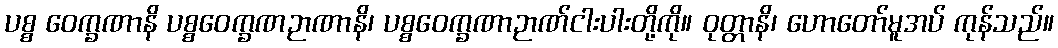
ပစ္စ ဝေက္ခဏာနိ ပစ္စဝေက္ခဏဉာဏာနိ၊ ပစ္စဝေက္ခဏာဉာဏ်ငါးပါးတို့ကို။ ဝုတ္တာနိ၊ ဟောတော်မူအပ် ကုန်သည်။